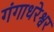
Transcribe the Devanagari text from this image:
गंगाधरेश्वर